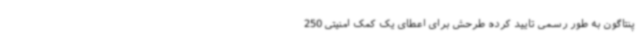
پنتاگون به طور رسمی تایید کرده طرحش برای اعطای یک کمک امنیتی 250